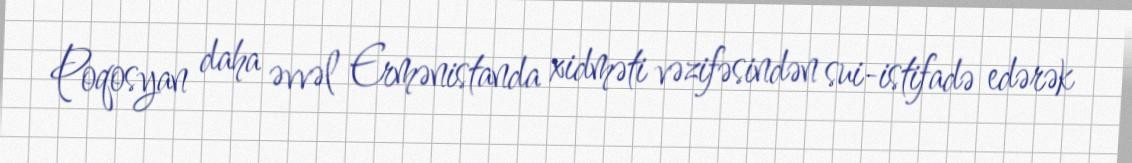
Poqosyan daha əvvəl Ermənistanda xidməti vəzifəsindən sui-istifadə edərək